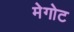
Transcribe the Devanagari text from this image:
मेगोट